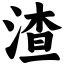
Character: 渣